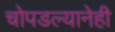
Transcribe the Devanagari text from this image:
चोपडल्यानेही